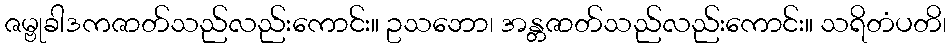
ဇမ္ဗုခါဒကဇာတ်သည်လည်းကောင်း။ ဥသဘော၊ အန္တဇာတ်သည်လည်းကောင်း။ သရိတံပတိ၊